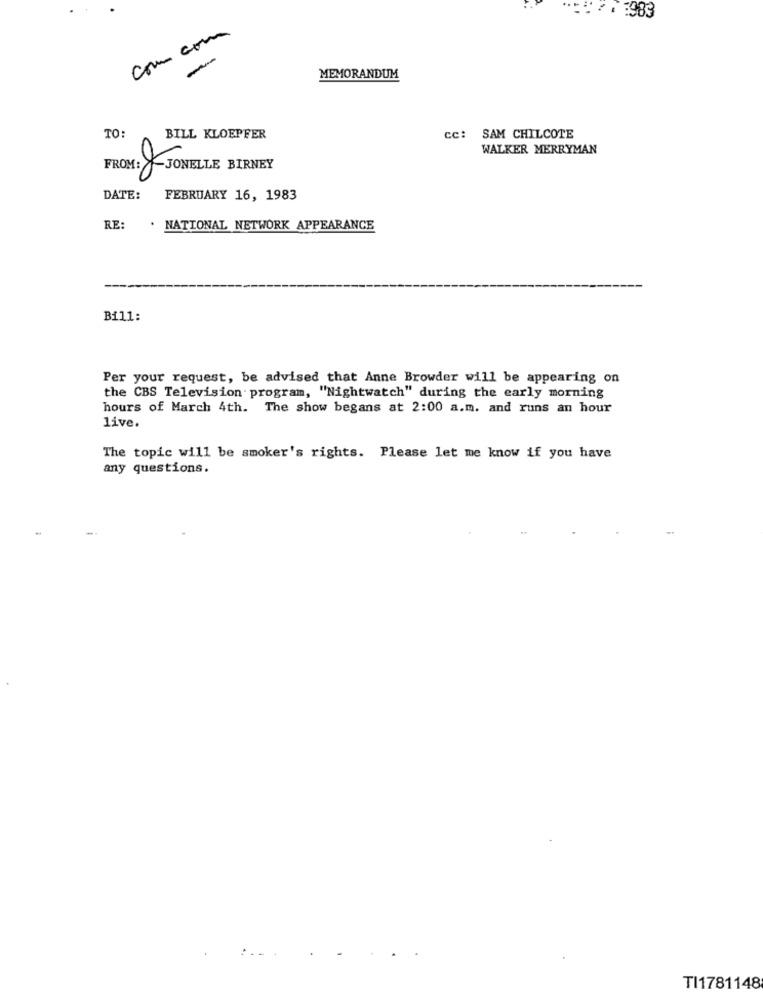
:: * * : 983
com com
-
MEMORANDUM
TO:
BILL KLOEPFER
cc:
SAM CHILCOTE
WALKER MERRYMAN
FROM: JONELLE BIRNEY
DATE:
FEBRUARY 16, 1983
RE:
. NATIONAL NETWORK APPEARANCE
Bi11:
Per your request, be advised that Anne Browder will be appearing on
the CBS Television program, "Nightwatch" during the early morning
hours of March 4th. The show begans at 2:00 a.m. and runs an hour
live.
The topic will be smoker's rights. Please let me know if you have
any questions.
TI1781148